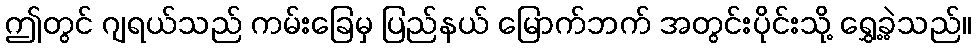
ဤတွင် ဂျရယ်သည် ကမ်းခြေမှ ပြည်နယ် မြောက်ဘက် အတွင်းပိုင်းသို့ ရွှေ့ခဲ့သည်။